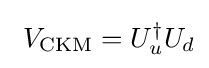
\ V_{\mathrm {CKM} }=U_{u}^{\dagger }U_{d}